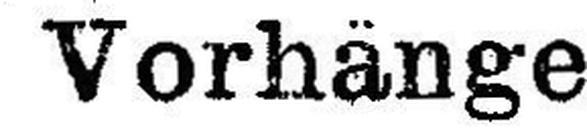
Vorhänge